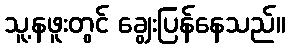
သူ့နဖူးတွင် ချွေးပြန်နေသည်။